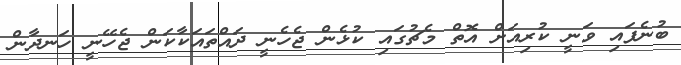
ބުނެފައި ވަނީ ކުރިއަށް އޮތް މެޗުގައި ކުޅެން ޖެހެނީ ދައްތައަކާކަން ޖެހޭނީ ހަނދާން